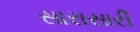
સારાસારી